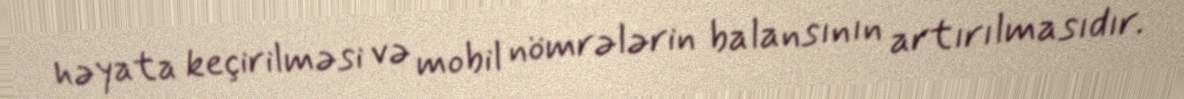
həyata keçirilməsi və mobil nömrələrin balansının artırılmasıdır.